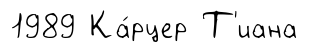
1989 Ка́рцер Т'иана